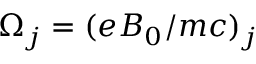
\Omega _ { j } = ( e B _ { 0 } / m c ) _ { j }